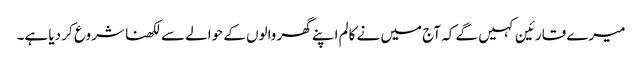
میرے قارئین کہیں گے کہ آج میں نے کالم اپنے گھر والوں کے حوالے سے لکھنا شروع کر دیا ہے۔